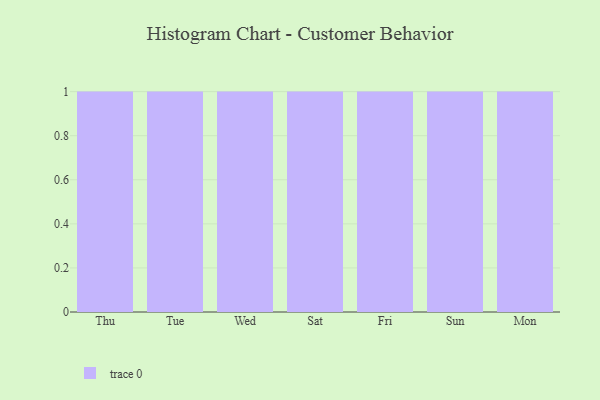
{"axis": {"x": "Day", "y": "Temperature (°C)"}, "legend": [""], "data": [{"x": "Thu", "y": 82, "type": ""}, {"x": "Tue", "y": 15, "type": ""}, {"x": "Wed", "y": 99, "type": ""}, {"x": "Sat", "y": 9, "type": ""}, {"x": "Fri", "y": 54, "type": ""}, {"x": "Sun", "y": 71, "type": ""}, {"x": "Mon", "y": 81, "type": ""}]}